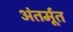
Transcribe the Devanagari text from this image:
अंतर्मूत